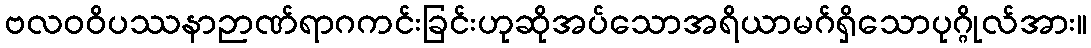
ဗလဝဝိပဿနာဉာဏ်ရာဂကင်းခြင်းဟုဆိုအပ်သောအရိယာမဂ်ရှိသောပုဂ္ဂိုလ်အား။